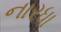
નારધા